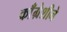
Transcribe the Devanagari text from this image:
काँग्रेशीने